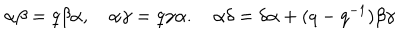
\alpha \beta = q \beta \alpha , \quad \alpha \gamma = q \gamma \alpha . \quad \alpha \delta = \delta \alpha + ( q - q ^ { - 1 } ) \beta \gamma